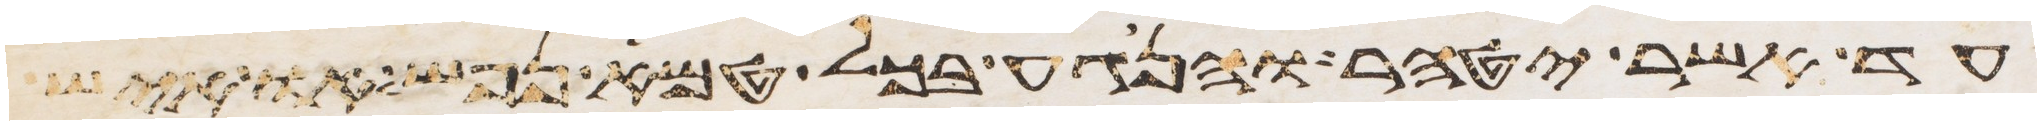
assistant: עד אשר יטהר והנגע בכל טמא נפש או איש